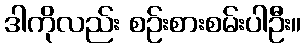
ဒါကိုလည်း စဉ်းစားစမ်းပါဦး။